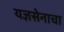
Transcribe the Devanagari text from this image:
यज्ञसेनाचा